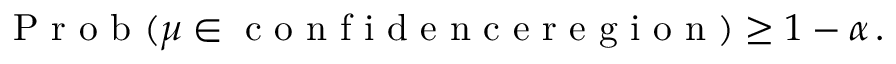
\mathrm { ~ P ~ r ~ o ~ b ~ } ( \boldsymbol { \mu } \in \mathrm { ~ c ~ o ~ n ~ f ~ i ~ d ~ e ~ n ~ c ~ e ~ r ~ e ~ g ~ i ~ o ~ n ~ } ) \geq 1 - \alpha \, .